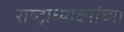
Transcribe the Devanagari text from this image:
राष्ट्राध्याक्ष्यांच्या